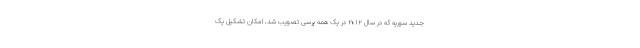
جدید سوریه که در سال ۲۰۱۲ در یک همه پرسی تصویب شد، امکان تشکیل یک